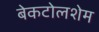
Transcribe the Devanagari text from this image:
बेकटोलशेम